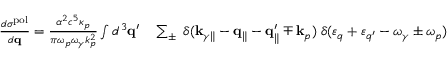
\begin{array} { r l } { \frac { d \sigma ^ { \mathrm { p o l } } } { d { \bf q } } = \frac { \alpha ^ { 2 } c ^ { 5 } \kappa _ { p } } { \pi \omega _ { p } \omega _ { \gamma } k _ { p } ^ { 2 } } \int d ^ { 3 } { \bf q } ^ { \prime } } & { { } \sum _ { \pm } \; \delta ( { \bf k } _ { \gamma \parallel } - { \bf q } _ { \parallel } - { \bf q } _ { \parallel } ^ { \prime } \mp { \bf k } _ { p } ) \; \delta ( \varepsilon _ { q } + \varepsilon _ { q ^ { \prime } } - \omega _ { \gamma } \pm \omega _ { p } ) } \end{array}